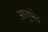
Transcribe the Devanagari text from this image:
आयुभेद